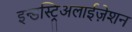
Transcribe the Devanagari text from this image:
इन्डस्ट्रिअलाईज़ेशन